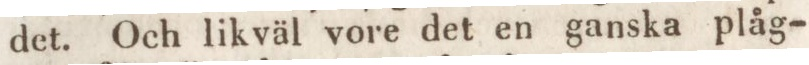
det. Och likväl vore det en ganska plåg-